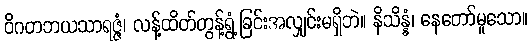
ဝိဂတဘယသာရဇ္ဇံ၊ လန့်ထိတ်တွန့်ရွံ့ခြင်းအလျှင်းမရှိဘဲ။ နိသိန္နံ၊ နေတော်မူသော။